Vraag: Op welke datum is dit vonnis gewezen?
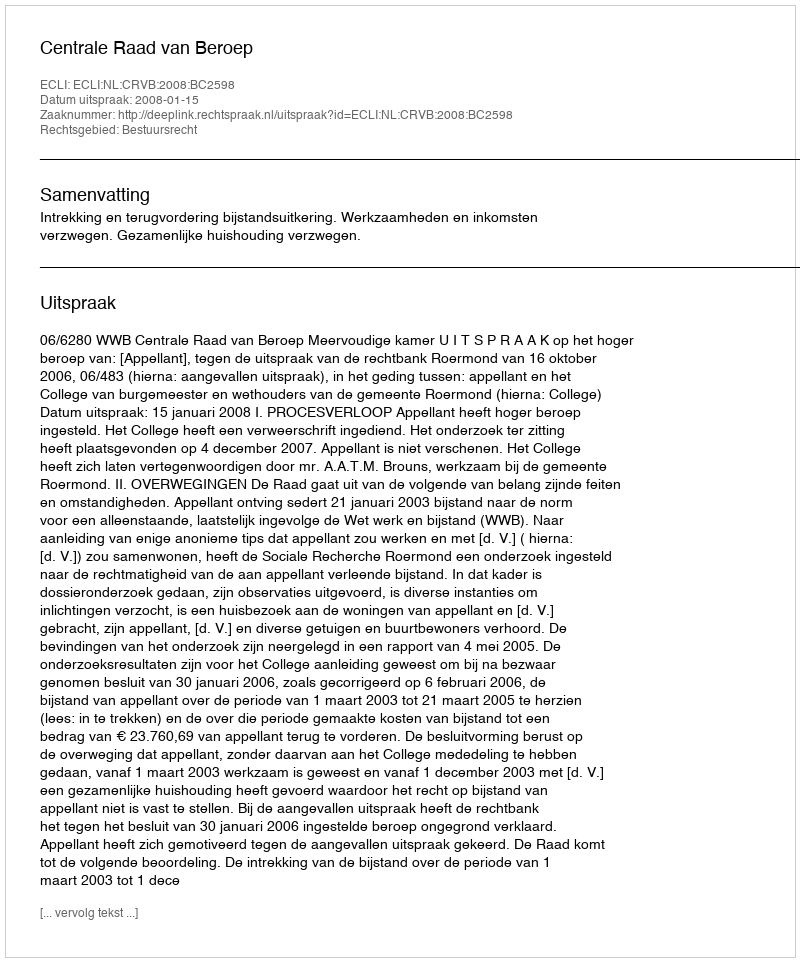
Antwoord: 2008-01-15